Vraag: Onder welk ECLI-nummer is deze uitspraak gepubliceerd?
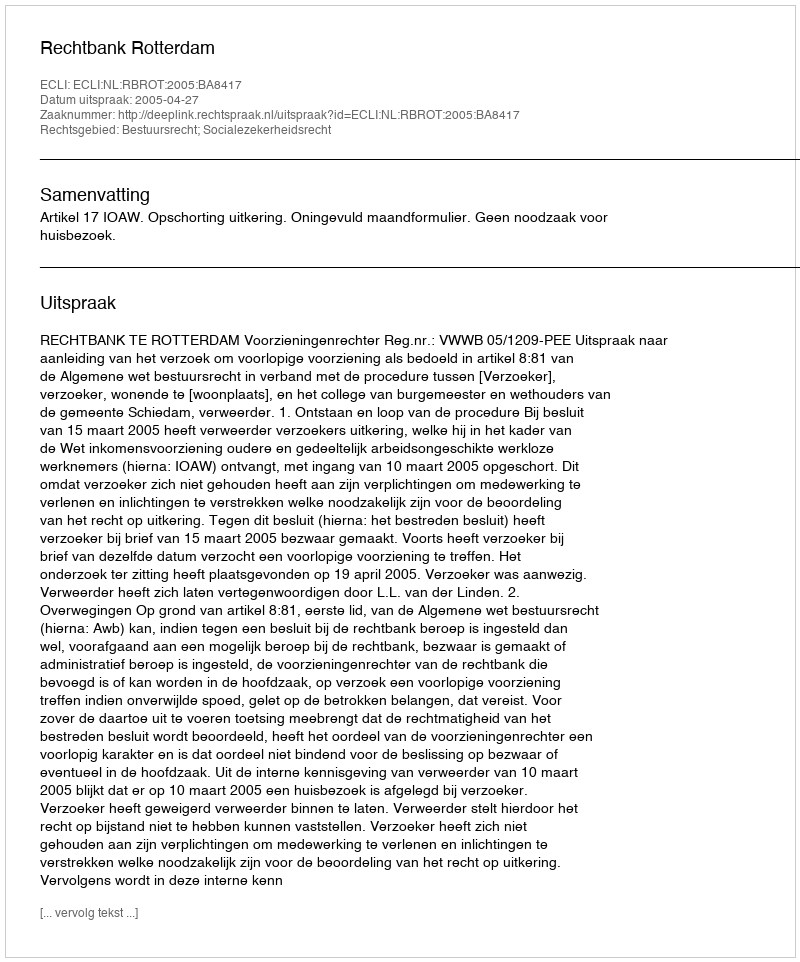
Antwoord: ECLI:NL:RBROT:2005:BA8417